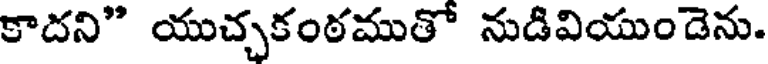
కాదని" యుచ్చకంఠముతో నుడివియుండెను.